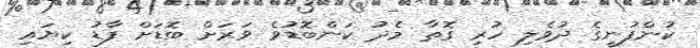
ކުންފުނީގެ ދުވެލި ހުރި ގޮތާ މެދު ކަންބޮޑުވެ ވަރަށް ބޮޑަށް ފާޑު ކިޔައި